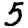
Digit: 5